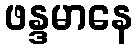
ဖန္ဒမာနေ